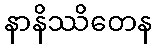
နာနိဿိတေန